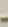
-